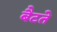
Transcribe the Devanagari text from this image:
बैटते